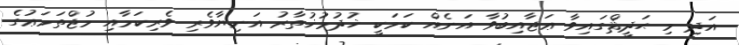
އަދި މި ޙަދީޘްގައިވާ ޢަޖާއިބުވާ އަނެއް ކަމަކީ ޚުދުމުޚުތާރު އަނިޔާވެރި ވެރިކަމާއި މުޖްތަމަޢުގެ